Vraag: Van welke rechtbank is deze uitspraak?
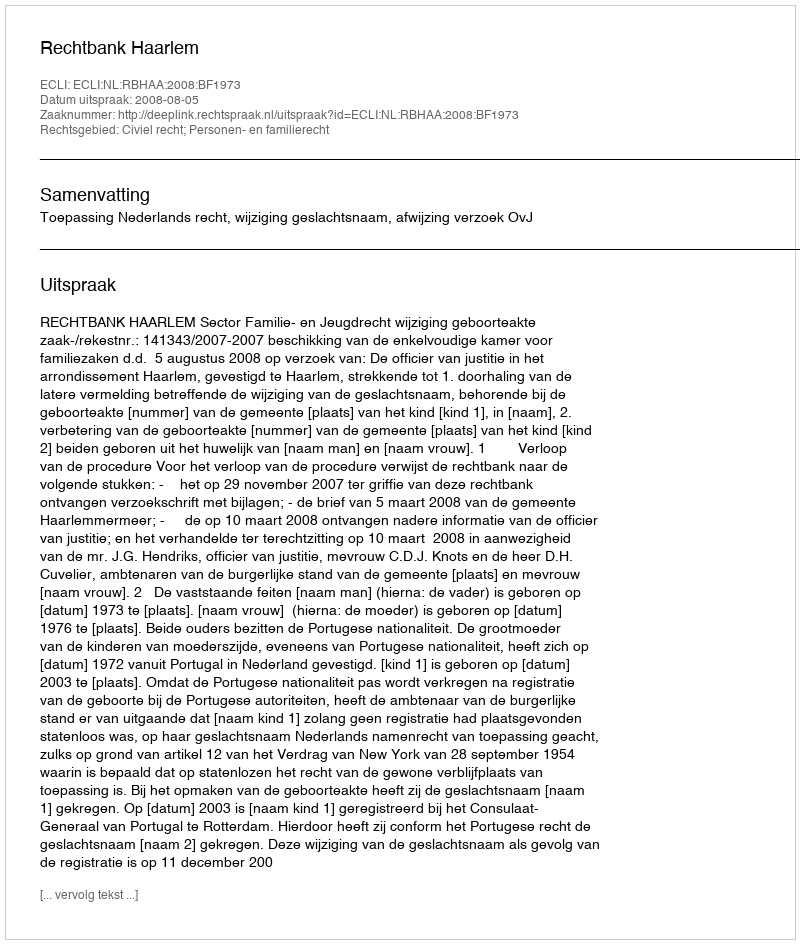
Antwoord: Rechtbank Haarlem